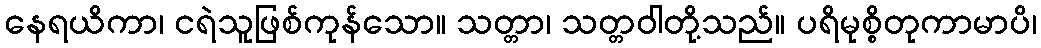
နေရယိကာ၊ ငရဲသူဖြစ်ကုန်သော။ သတ္တာ၊ သတ္တဝါတို့သည်။ ပရိမုစ္စိတုကာမာပိ၊